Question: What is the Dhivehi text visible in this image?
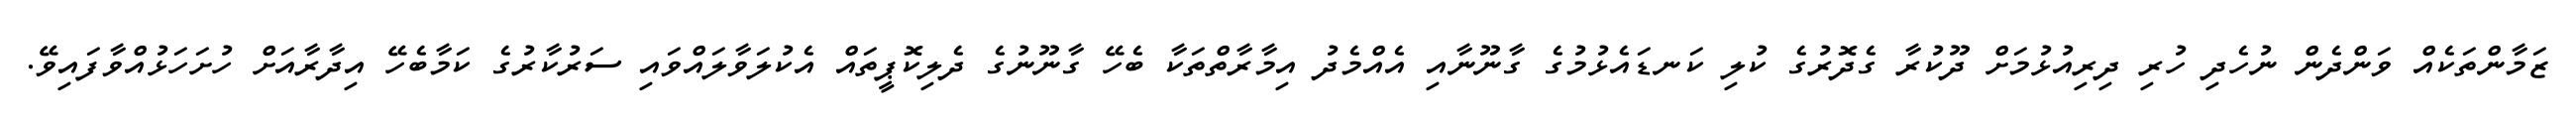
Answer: ޒަމާންތަކެއް ވަންދެން ނުހެދި ހުރި ދިރިއުޅުމަށް ދޫކުރާ ގެދޮރުގެ ކުލި ކަނޑައެޅުމުގެ ގާނޫނާއި އެއްމެދު އިމާރާތްތަކާ ބެހޭ ގާނޫނުގެ ދެލިކޮޕީތައް އެކުލަވާލައްވައި ސަރުކާރުގެ ކަމާބެހޭ އިދާރާއަށް ހުށަހަޅުއްވާފައިވޭ.